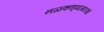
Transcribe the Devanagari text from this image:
नळकांड्यासारखे